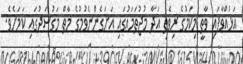
އަޅުއްވާފައި ވާތީ މިކަމުގެ ރިވެތި އަދާ މުޖުތަމައުގައި އަށަގެންނެވުމުގެ މާތް މަގުސަދުގައި ކަމަށެވެ.